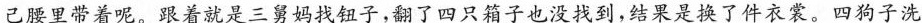
己腰里带着呢。跟着就是三舅妈找钮子，翻了四只箱子也没找到，结果是换了件衣裳。四狗子洗